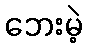
ဘေးမဲ့